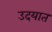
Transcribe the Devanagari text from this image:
उदयात